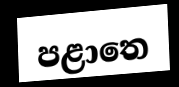
පළාතෙ